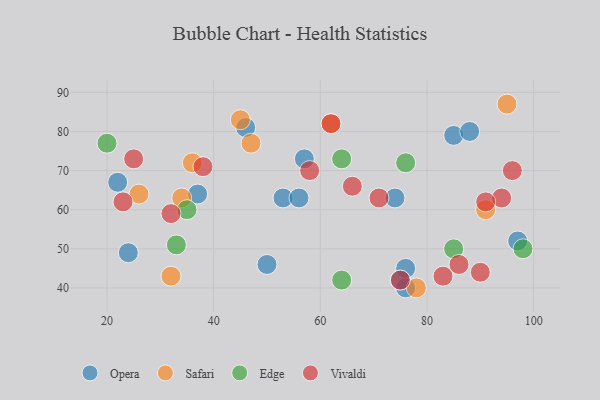
{"axis": {"x": "GDP", "y": "Life Expectancy"}, "legend": ["Edge", "Opera", "Safari", "Vivaldi"], "data": [{"x": "37", "y": 64, "type": "Opera"}, {"x": "74", "y": 63, "type": "Opera"}, {"x": "97", "y": 52, "type": "Opera"}, {"x": "76", "y": 40, "type": "Opera"}, {"x": "57", "y": 73, "type": "Opera"}, {"x": "53", "y": 63, "type": "Opera"}, {"x": "24", "y": 49, "type": "Opera"}, {"x": "76", "y": 45, "type": "Opera"}, {"x": "46", "y": 81, "type": "Opera"}, {"x": "50", "y": 46, "type": "Opera"}, {"x": "75", "y": 42, "type": "Opera"}, {"x": "22", "y": 67, "type": "Opera"}, {"x": "85", "y": 79, "type": "Opera"}, {"x": "56", "y": 63, "type": "Opera"}, {"x": "88", "y": 80, "type": "Opera"}, {"x": "45", "y": 83, "type": "Safari"}, {"x": "34", "y": 63, "type": "Safari"}, {"x": "47", "y": 77, "type": "Safari"}, {"x": "26", "y": 64, "type": "Safari"}, {"x": "62", "y": 82, "type": "Safari"}, {"x": "91", "y": 60, "type": "Safari"}, {"x": "78", "y": 40, "type": "Safari"}, {"x": "32", "y": 43, "type": "Safari"}, {"x": "95", "y": 87, "type": "Safari"}, {"x": "36", "y": 72, "type": "Safari"}, {"x": "35", "y": 60, "type": "Edge"}, {"x": "33", "y": 51, "type": "Edge"}, {"x": "64", "y": 73, "type": "Edge"}, {"x": "76", "y": 72, "type": "Edge"}, {"x": "64", "y": 42, "type": "Edge"}, {"x": "20", "y": 77, "type": "Edge"}, {"x": "85", "y": 50, "type": "Edge"}, {"x": "98", "y": 50, "type": "Edge"}, {"x": "58", "y": 70, "type": "Vivaldi"}, {"x": "38", "y": 71, "type": "Vivaldi"}, {"x": "94", "y": 63, "type": "Vivaldi"}, {"x": "91", "y": 62, "type": "Vivaldi"}, {"x": "86", "y": 46, "type": "Vivaldi"}, {"x": "83", "y": 43, "type": "Vivaldi"}, {"x": "25", "y": 73, "type": "Vivaldi"}, {"x": "71", "y": 63, "type": "Vivaldi"}, {"x": "66", "y": 66, "type": "Vivaldi"}, {"x": "90", "y": 44, "type": "Vivaldi"}, {"x": "23", "y": 62, "type": "Vivaldi"}, {"x": "96", "y": 70, "type": "Vivaldi"}, {"x": "75", "y": 42, "type": "Vivaldi"}, {"x": "32", "y": 59, "type": "Vivaldi"}, {"x": "62", "y": 82, "type": "Vivaldi"}]}